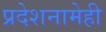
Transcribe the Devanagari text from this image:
प्रदेशनामेही